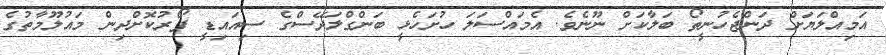
އަމިއްލަޔަށް ދަންޖެހުނީތޯ ބަލާކަށް ނޫނެވެ. އެމައްސަލަ ހުށަހެޅީ ބަންގްލަދޭސްގެ ސިއައިޑީ ފޯރުކޮށްދިން މައުލޫމާތުގެ